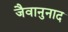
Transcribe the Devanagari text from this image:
जैवानुनाद